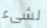
لشىء